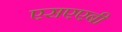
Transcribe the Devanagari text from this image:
एसएएबी